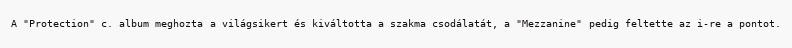
A "Protection" c. album meghozta a világsikert és kiváltotta a szakma csodálatát, a "Mezzanine" pedig feltette az i-re a pontot.